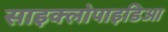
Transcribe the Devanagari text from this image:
साइक्लोपाइडिआ